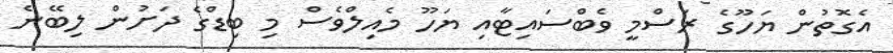
އެގޮތުން ޔަހޫގެ ރަސްމީ ވެބްސައިޓާއި ޔަހޫ މެއިލްވެސް މި ބިޑްގެ ދަށުން ލިބޭނެ